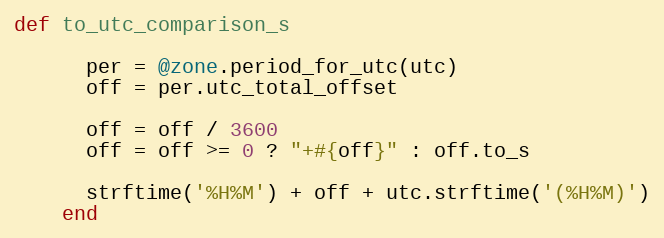
Language: Ruby
def to_utc_comparison_s

      per = @zone.period_for_utc(utc)
      off = per.utc_total_offset

      off = off / 3600
      off = off >= 0 ? "+#{off}" : off.to_s

      strftime('%H%M') + off + utc.strftime('(%H%M)')
    end